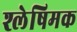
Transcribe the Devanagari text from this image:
श्लेषिमक